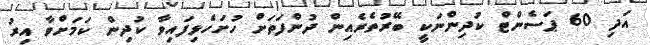
އަދި 60 ޕަސެންޓް ކުދިންނަކީ ބޭރުތެރެއިން ދުންފަތަށް ހުށަހެޅިފައިވާ ކުދިން ކަމަށްވާ އިރު